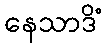
နေသာဒိံ